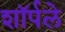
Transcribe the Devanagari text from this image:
शॉर्पले